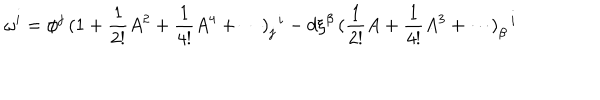
LaTeX: \omega ^ { i } = \phi ^ { j } \, ( \mathrm { 1 } + \frac { 1 } { 2 ! } A ^ { 2 } + \frac { 1 } { 4 ! } A ^ { 4 } + \cdots ) _ { j } ^ { \, \, \, i } - d \xi ^ { \beta } \, ( \frac { 1 } { 2 ! } A + \frac { 1 } { 4 ! } A ^ { 3 } + \cdots ) _ { \beta } ^ { \, \, \, \, i }